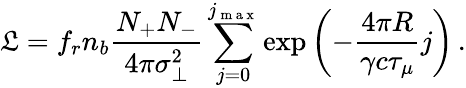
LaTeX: \mathfrak{L}=f_{r}n_{b}\frac{N_{+}N_{-}}{4\pi\sigma_{\perp}^{2}}\sum_{j=0}^{j_{\mathrm{~m~a~x~}}}\exp\left(-\frac{4\pi R}{\gamma c\tau_{\mu}}j\right)\, .